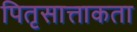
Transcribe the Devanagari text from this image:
पितृसात्ताकता